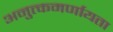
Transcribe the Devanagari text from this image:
अनुत्कमर्णायता